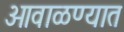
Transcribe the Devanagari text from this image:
ओवाळण्यात